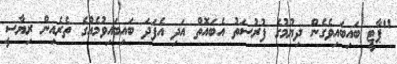
"ޕާޓީ ބައިބައިވެގެން ދިޔުމުގެ ފުރުސަތު އެބައޮތް އަދި އެފަދަ ބައިބައިވުމެއްގެ ތެރެއިން ރިޔާސީ